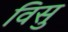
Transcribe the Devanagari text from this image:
विसु